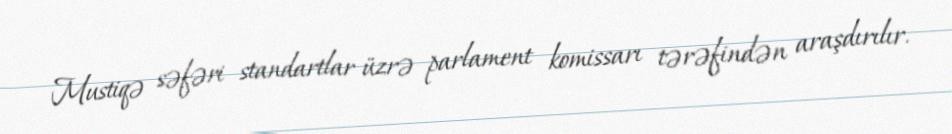
Mustiqə səfəri standartlar üzrə parlament komissarı tərəfindən araşdırılır.